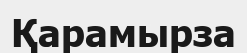
Қарамырза